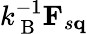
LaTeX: k_{\mathrm{~B~}}^{-1}\mathbf{F}_{s\mathbf{q}}